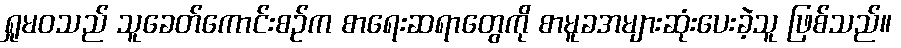
ရှုမဝသည် သူခေတ်ကောင်းစဉ်က စာရေးဆရာတွေကို စာမူခအများဆုံးပေးခဲ့သူ ဖြစ်သည်။